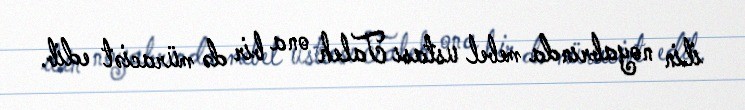
ilin noyabrında mebel ustası Taleh ona bir də müraciət edib.